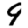
Digit: 9